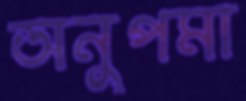
অনুপমা